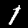
Label: 1